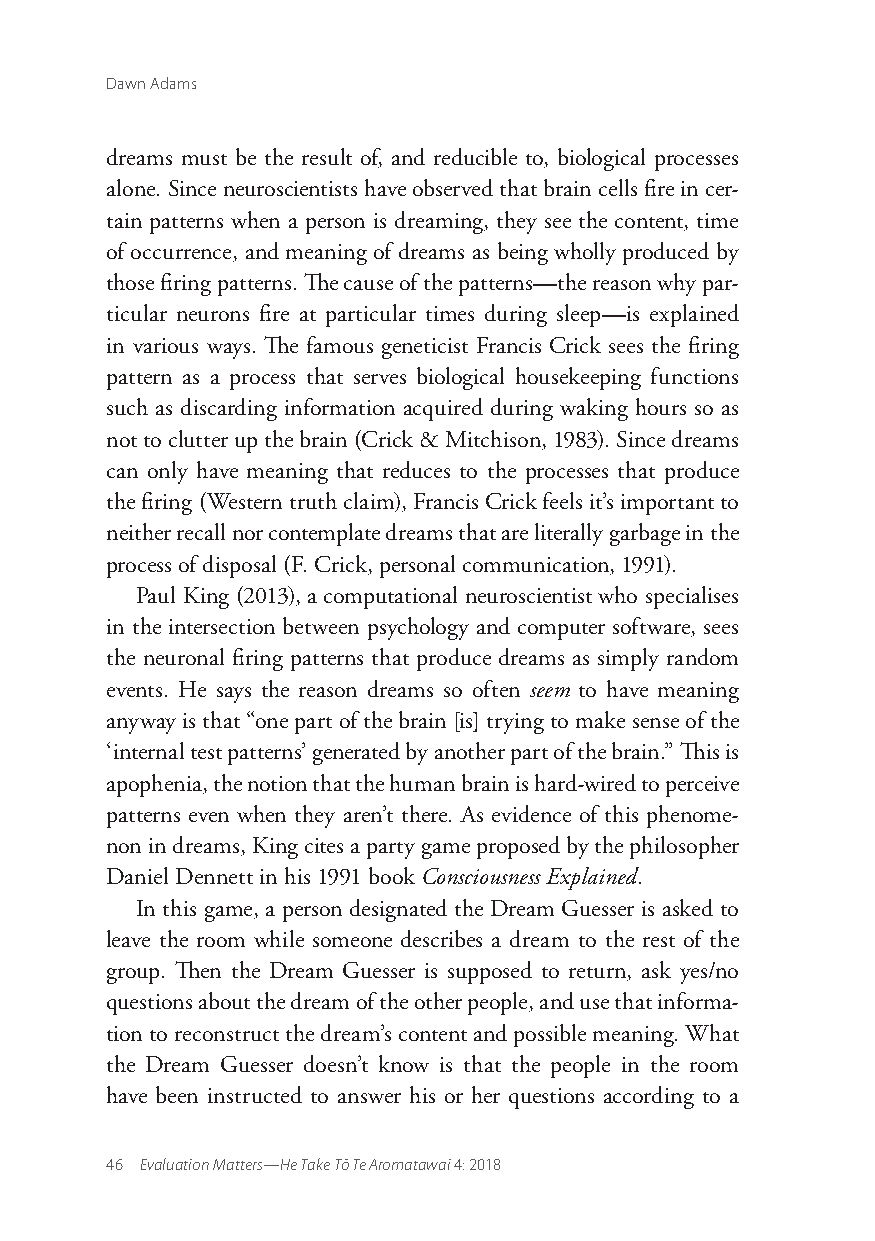
Dawn Adams
 dreams must be the result of, and reducible to, biological processes
 alone. Since neuroscientists have observed that brain cells fire in cer-
 tain patterns when a person is dreaming, they see the content, time
 of occurrence, and meaning of dreams as being wholly produced by
 those firing patterns. The cause of the patterns—the reason why par-
 ticular neurons fire at particular times during sleep—is explained
 in various ways. The famous geneticist Francis Crick sees the firing
 pattern as a process that serves biological housekeeping functions
 such as discarding information acquired during waking hours so as
 not to clutter up the brain (Crick & Mitchison, 1983). Since dreams
 can only have meaning that reduces to the processes that produce
 the firing (Western truth claim), Francis Crick feels it’s important to
 neither recall nor contemplate dreams that are literally garbage in the
 process of disposal (F. Crick, personal communication, 1991).
 Paul King (2013), a computational neuroscientist who specialises
 in the intersection between psychology and computer software, sees
 the neuronal firing patterns that produce dreams as simply random
 events. He says the reason dreams so often seem to have meaning
 anyway is that “one part of the brain [is] trying to make sense of the
 ‘internal test patterns’ generated by another part of the brain.” This is
 apophenia, the notion that the human brain is hard-wired to perceive
 patterns even when they aren’t there. As evidence of this phenome-
 non in dreams, King cites a party game proposed by the philosopher
 Daniel Dennett in his 1991 book Consciousness Explained.
 In this game, a person designated the Dream Guesser is asked to
 leave the room while someone describes a dream to the rest of the
 group. Then the Dream Guesser is supposed to return, ask yes/no
 questions about the dream of the other people, and use that informa-
 tion to reconstruct the dream’s content and possible meaning. What
 the Dream Guesser doesn’t know is that the people in the room
 have been instructed to answer his or her questions according to a
 46 Evaluation Matters—He Take Tō Te Aromatawai 4: 2018